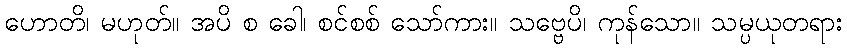
ဟောတိ၊ မဟုတ်။ အပိ စ ခေါ၊ စင်စစ် သော်ကား။ သဗ္ဗေပိ၊ ကုန်သော။ သမ္ပယုတရား